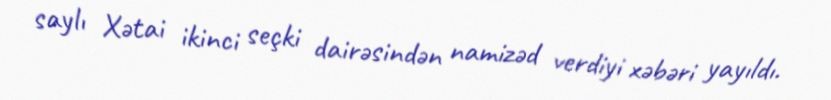
saylı Xətai ikinci seçki dairəsindən namizəd verdiyi xəbəri yayıldı.